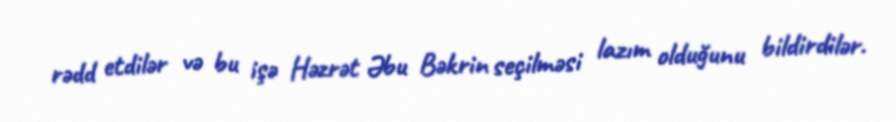
rədd etdilər və bu işə Həzrət Əbu Bəkrin seçilməsi lazım olduğunu bildirdilər.